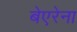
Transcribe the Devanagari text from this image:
बेएरेना